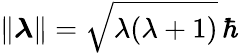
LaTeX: \Vert{\boldsymbol{\lambda}}\Vert={\sqrt{\lambda(\lambda+1)}}\, \hbar